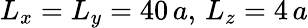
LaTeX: L_{x}=L_{y}=40\, a,\, L_{z}=4\, a